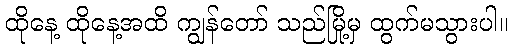
ထိုနေ့ ထိုနေ့အထိ ကျွန်တော် သည်မြို့မှ ထွက်မသွားပါ။